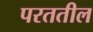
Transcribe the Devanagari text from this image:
परततील